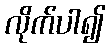
လိုက်ပါ၍